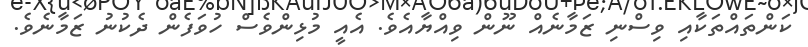
ކަންތައްތަކާއި ވިސްނި ޒަމާނެއް ނޫން ވިއްޔާއެވެ. އެއީ މުޅިންވެސް ހުވަފެން ދެކުނު ޒަމާނެވެ.